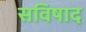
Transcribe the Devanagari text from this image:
सविषाद